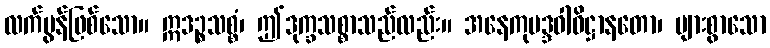
လက်မွန်ဖြစ်သော။ ဣဒဉ္စသစ္စံ၊ ဤဒုက္ခသစ္စာသည်လည်း။ အနေကုပဒ္ဒဝါဓိဋ္ဌာနတော၊ များစွာသော